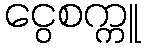
ငွေစက္ကူ